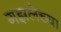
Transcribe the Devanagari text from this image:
गझलेच्या